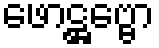
ဖောဋ္ဌဗ္ဗော